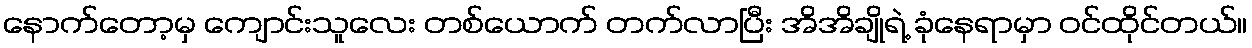
နောက်တော့မှ ကျောင်းသူလေး တစ်ယောက် တက်လာပြီး အိအိချိုရဲ့ ခုံနေရာမှာ ဝင်ထိုင်တယ်။